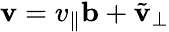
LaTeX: {\mathbf v}=v_{\parallel}{\mathbf b}+\tilde{{\mathbf v}}_{\perp}